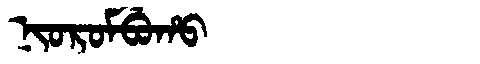
Manchu: ᠨᡳᠣᡵᠣᠮᠪᡠᡥᠣ
Romanization: NIOROMBUHO